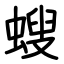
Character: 螋